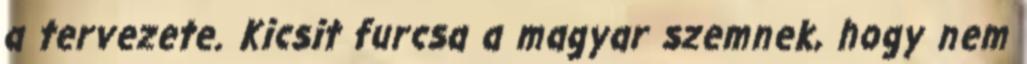
a tervezete. Kicsit furcsa a magyar szemnek, hogy nem